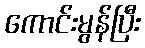
ကောင်းမွန်ပြီး